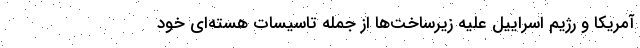
آمریکا و رژیم اسراییل علیه زیرساخت‌ها از جمله تاسیسات هسته‌ای خود